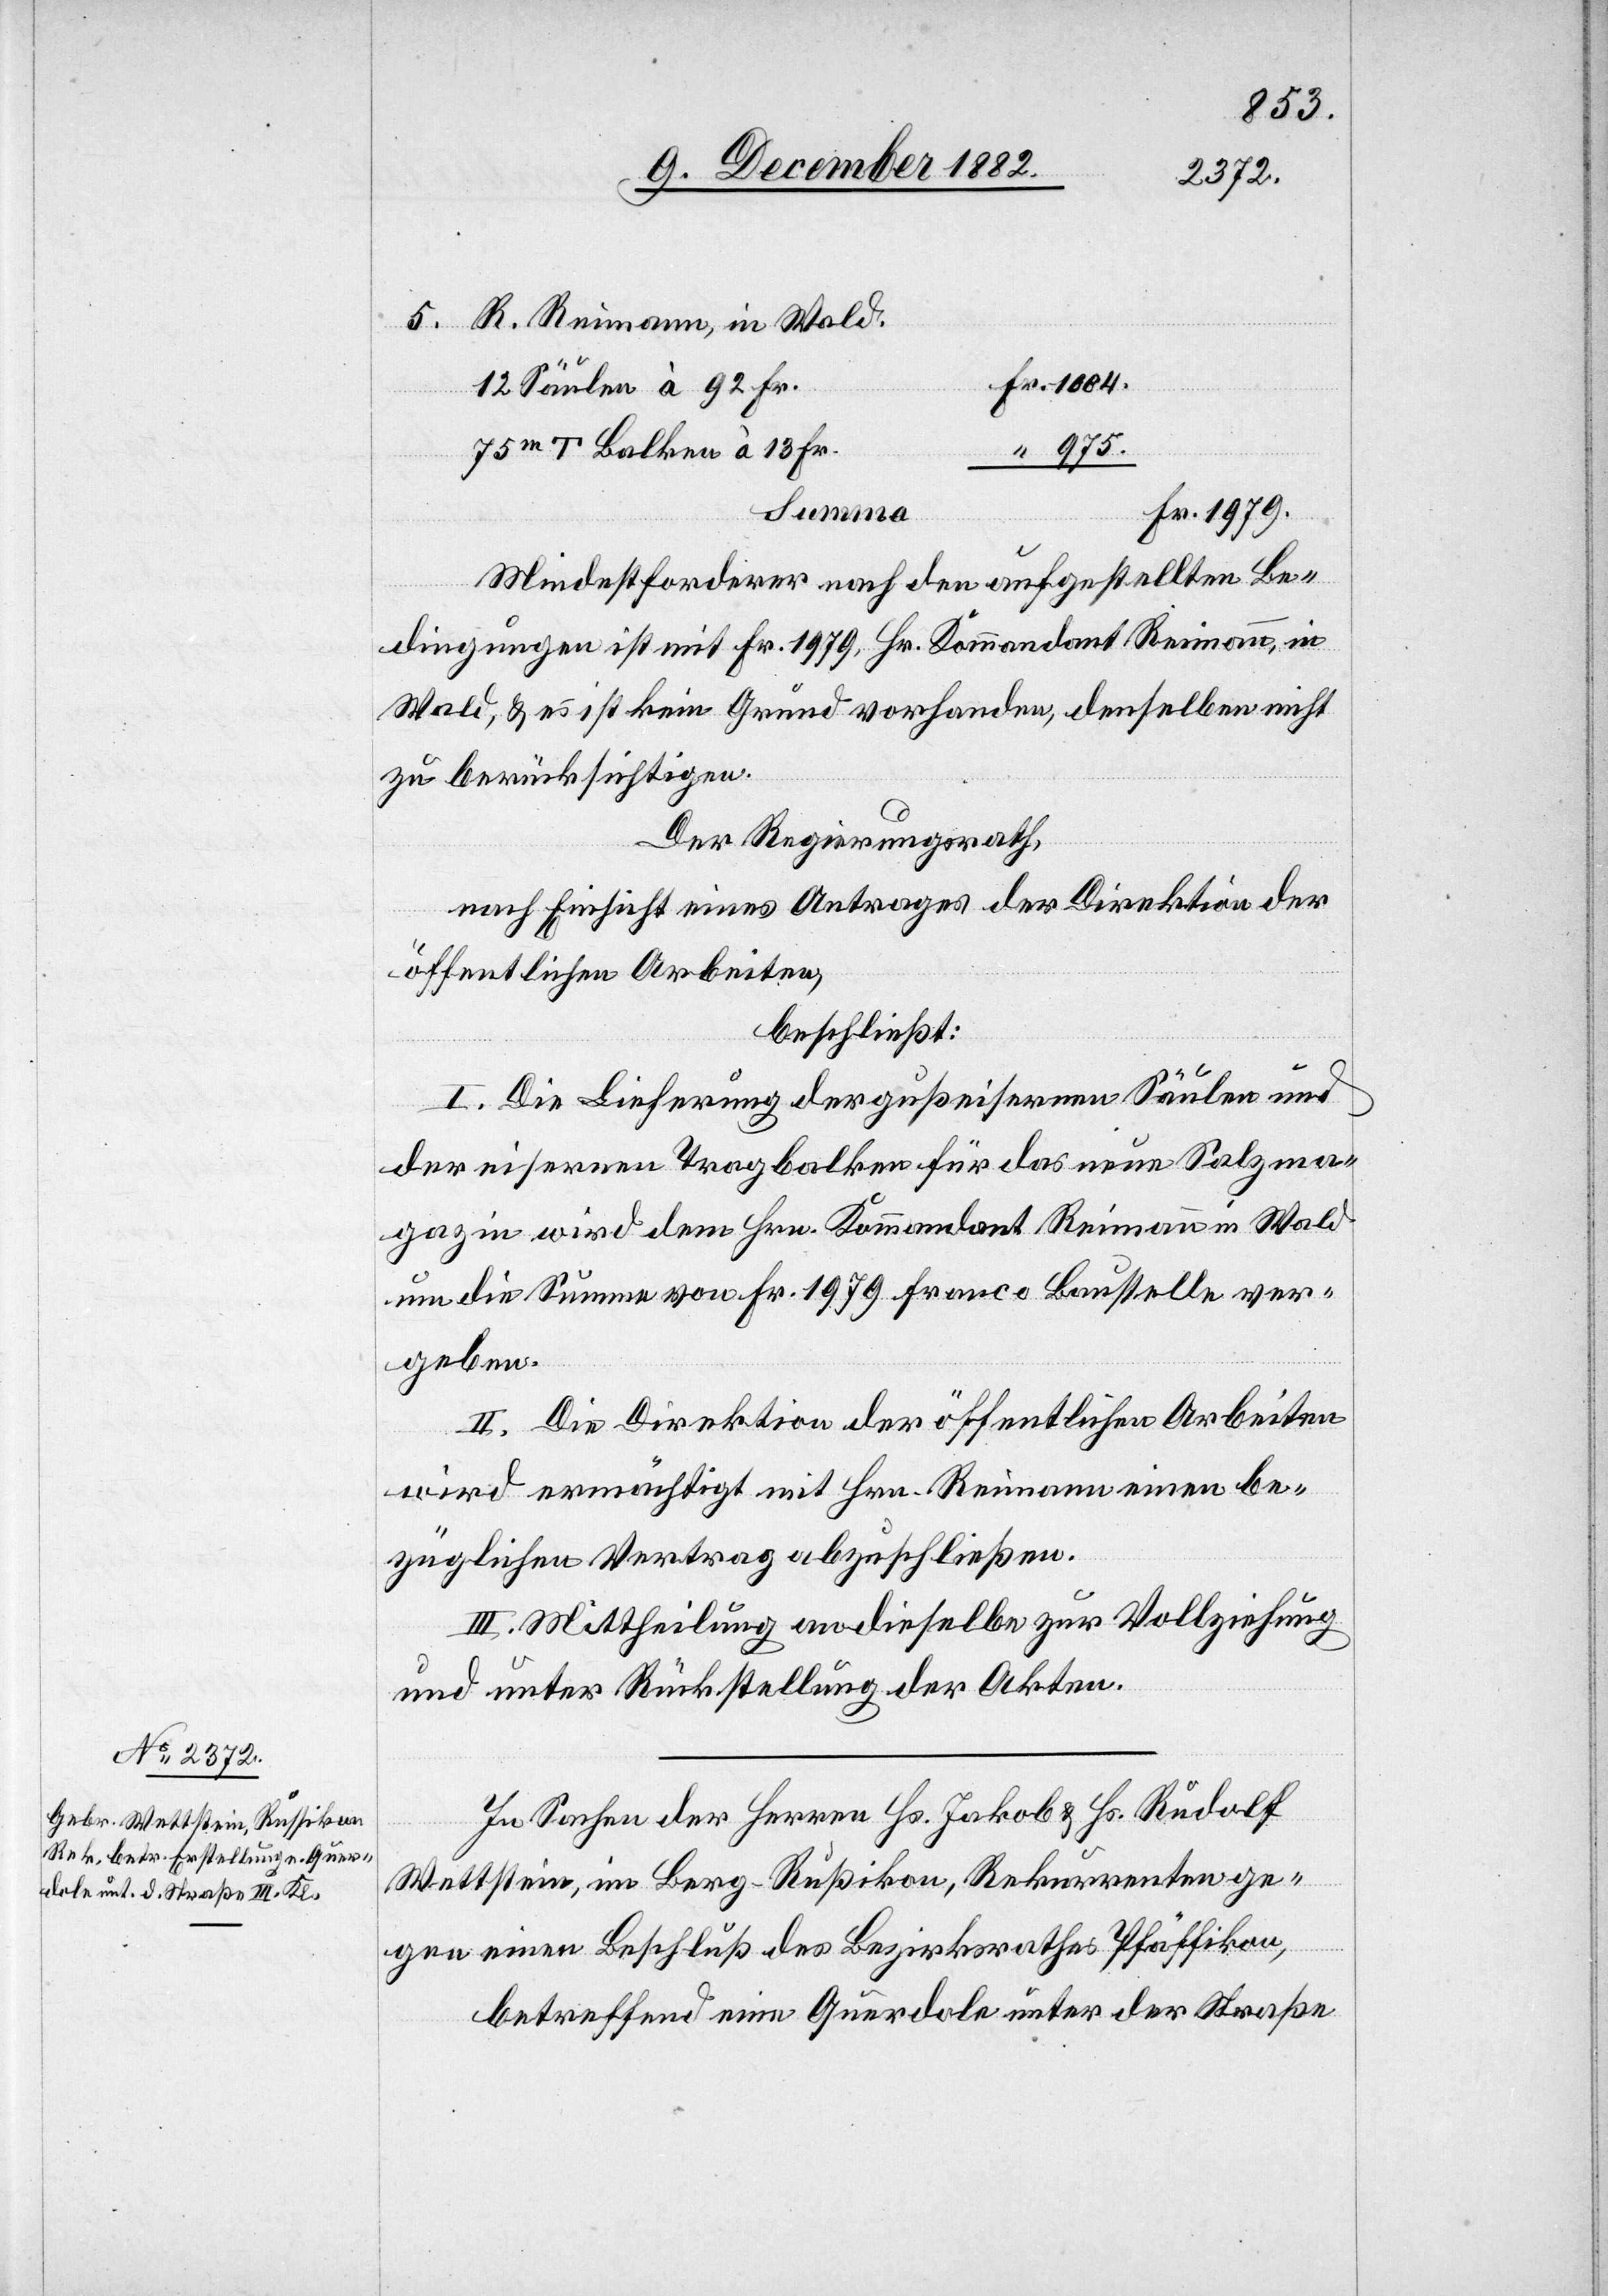
R. Reimann, in Wald.
12 Säulen à 92 Fr.
75m T Balken à 13 Fr.
975.
Summa
Mindestforderer nach den aufgestellten Be¬
dingungen mit Fr. 1979, Hr. Kommandant Reimann, in
Wald, & es ist kein Grund vorhanden, denselben nicht
zu berücksichtigen.
Der Regierungsrath,
nach Einsicht eines Antrages der Direktion der
öffentlichen Arbeiten,
beschließt:
I. Die Lieferung der gußeisernen Säulen und
der eisernen Tragbalken für das neue Salzma¬
gazin wird dem Hrn. Kommandant Reimann in Wald
um die Summe von Fr. 1979 franco Baustelle ver¬
geben.
II. Die Direktion der öffentlichen Arbeiten
wird ermächtigt mit Hrn. Reimann einen be¬
züglichen Vertrag abzuschließen.
III. Mittheilung an dieselbe zur Vollziehung
und unter Rückstellung der Akten.
In Sachen der Herren Hs. Jakob & Hs. Rudolf
Wettstein, im Berg - Rußikon, Rekurrenten ge¬
gen einen Beschluß des Bezirksrathes Pfäffikon,
betreffend eine Querdole unter der Straße